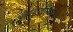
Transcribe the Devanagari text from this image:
पौगंडावस्थेमधे